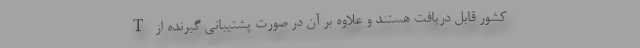
کشور قابل دریافت هستند و علاوه بر آن در صورت پشتیبانی گیرنده از T